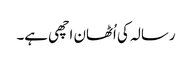
رسالہ کی اُٹھان اچھی ہے۔